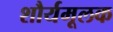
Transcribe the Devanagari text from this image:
शौर्यमूलक